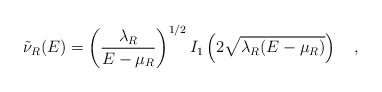
\begin{align*}\tilde{\nu}_R(E)=\left({\lambda_R \over E-\mu_R}\right)^{1/2}I_1\left(2\sqrt{\lambda_R(E-\mu_R)}\right)~~~,\end{align*}